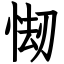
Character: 㥘